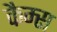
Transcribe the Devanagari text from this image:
कैम्स